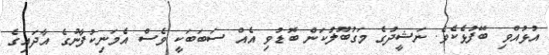
އުޅުއްވި ބޭފުޅެކެވެ. ނަޝީދުގެ މަގުބޫލުކަން ބޮޑުވި އެއް ސަބަބަކީ ވެސް އެމަނިކުފާނުގެ އާދައިގެ